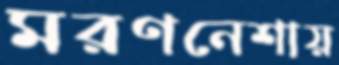
মরণনেশায়